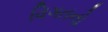
વિગતનો